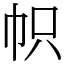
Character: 帜